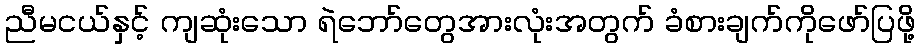
ညီမငယ်နှင့် ကျဆုံးသော ရဲဘော်တွေအားလုံးအတွက် ခံစားချက်ကိုဖော်ပြဖို့